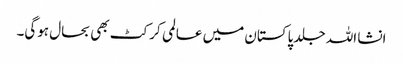
انشا اللہ جلد پاکستان میں عالمی کرکٹ بھی بحال ہوگی۔